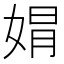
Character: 𡝭